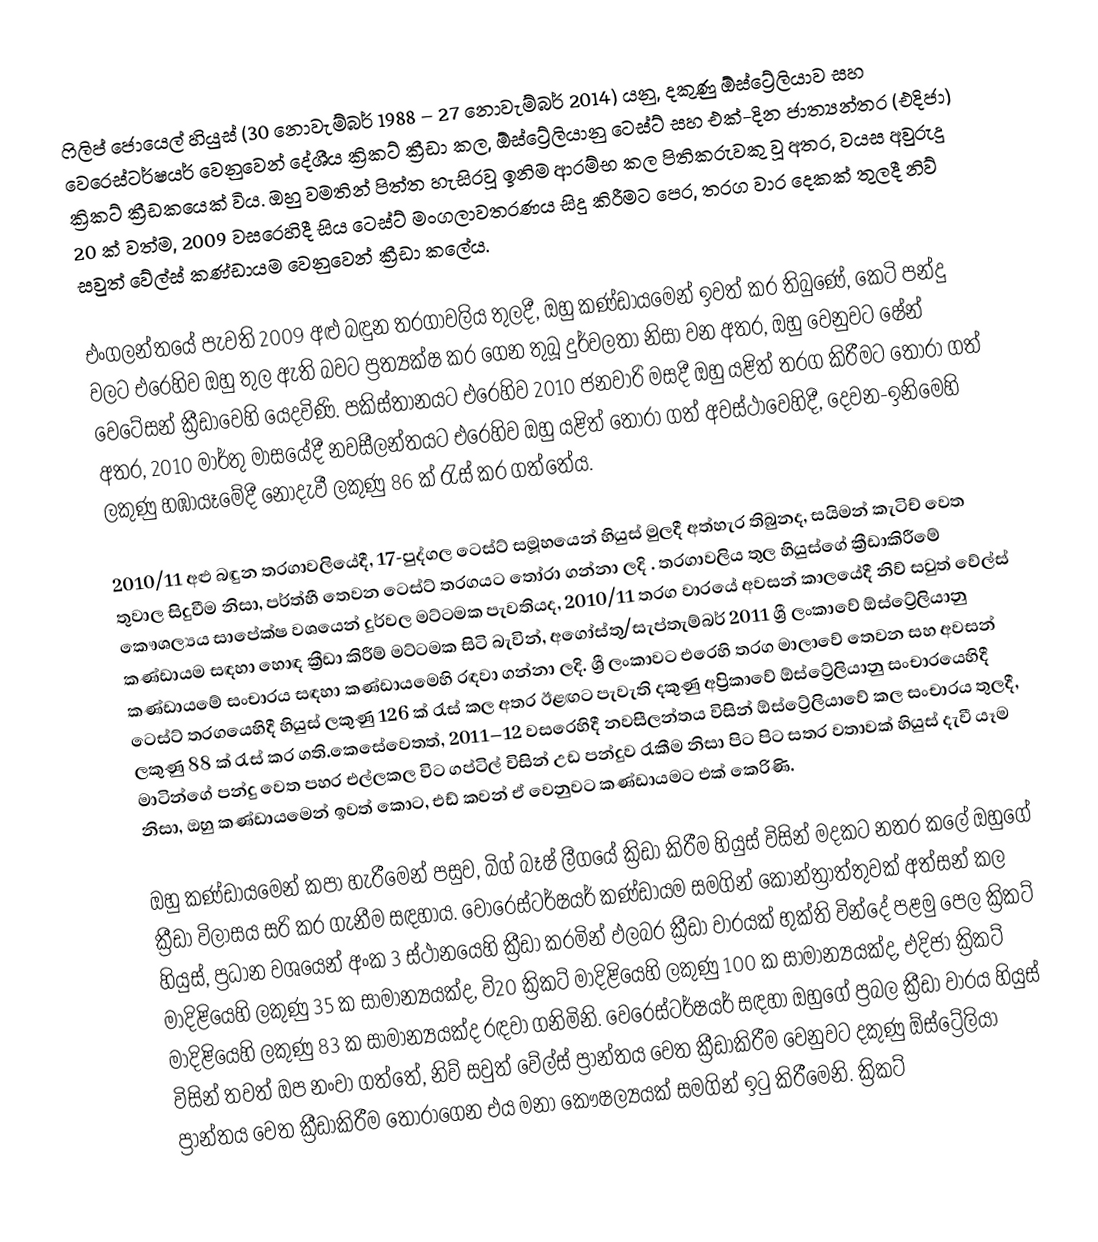
ෆිලිප් ජොයෙල් හියුස් (30 නොවැම්බර් 1988 – 27 නොවැම්බර් 2014) යනු,  දකුණු ඕස්ට්‍රේලියාව සහ වෙරෙස්ටර්ෂයර් වෙනුවෙන් දේශීය ක්‍රිකට් ක්‍රීඩා කල, ඕස්ට්‍රේලියානු ටෙස්ට් සහ එක්-දින ජාත්‍යන්තර (එදිජා) ක්‍රිකට් ක්‍රීඩකයෙක් විය. ඔහු වමතින් පිත්ත හැසිරවූ ඉනිම ආරම්භ කල පිතිකරුවකු වූ අතර, වයස අවුරුදු 20 ක් වත්ම, 2009 වසරෙහිදී සිය ටෙස්ට් මංගලාවතරණය  සිදු කිරීමට පෙර, තරග වාර දෙකක් තුලදී නිව් සවුත් වේල්ස් කණ්ඩායම වෙනුවෙන් ක්‍රීඩා කලේය.

එංගලන්තයේ පැවති  2009 අළු බඳුන තරගාවලිය තුලදී, ඔහු කණ්ඩායමෙන් ඉවත් කර තිබුණේ, කෙටි පන්දු වලට එරෙහිව  ඔහු තුල ඇති බවට ප්‍රත්‍යක්ෂ කර ගෙන තුබූ දුර්වලතා නිසා වන අතර, ඔහු වෙනුවට ෂේන් වෙටේසන් ක්‍රීඩාවෙහි යෙදවිණි. පකිස්තානයට එරෙහිව 2010 ජනවාරි මසදී ඔහු යළිත් තරග කිරීමට තෝරා ගත් අතර, 2010 මාර්තු මාසයේදී නවසීලන්තයට එරෙහිව ඔහු යළිත් තෝරා ගත් අවස්ථාවෙහිදී, දෙවන-ඉනිමෙහි ලකුණු හඹායෑමේදී නොදැවී ලකුණු 86 ක් රැස් කර ගත්තේය.

2010/11 අළු බඳුන තරගාවලියේදී, 17-පුද්ගල ටෙස්ට් සමූහයෙන් හියුස් මුලදී අත්හැර තිබුනද,  සයිමන් කැටිච් වෙත තුවාල සිදුවීම නිසා, පර්ත්හී තෙවන ටෙස්ට් තරගයට තෝරා ගන්නා ලදි . තරගාවලිය තුල හියුස්ගේ ක්‍රීඩාකිරීමේ කෞශල්‍යය සාපේක්ෂ වශයෙන් දුර්වල මට්ටමක පැවතියද, 2010/11 තරග වාරයේ අවසන් කාලයේදී නිව් සවුත් වේල්ස් කණ්ඩායම සඳහා හොඳ ක්‍රීඩා කිරීම් මට්ටමක සිටි බැවින්,  අගෝස්තු/සැප්තැම්බර් 2011 ශ්‍රී ලංකාවේ ඕස්ට්‍රේලියානු කණ්ඩායමේ සංචාරය සඳහා කණ්ඩායමෙහි රඳවා ගන්නා ලදි. ශ්‍රී ලංකාවට එරෙහි තරග මාලාවේ තෙවන සහ අවසන් ටෙස්ට් තරගයෙහිදී හියුස් ලකුණු 126 ක් රැස් කල අතර ඊළඟට පැවැති දකුණු අප්‍රිකාවේ ඕස්ට්‍රේලියානු සංචාරයෙහිදී ලකුණු 88 ක් රැස් කර ගති.කෙසේවෙතත්,  2011–12 වසරෙහිදී නවසීලන්තය විසින් ඕස්ට්‍රේලියාවේ කල සංචාරය තුලදී, මාටින්ගේ පන්දු වෙත පහර එල්ලකල විට  ගප්ටිල් විසින් උඩ පන්දුව රැකීම නිසා පිට පිට සතර වතාවක් හියුස් දැවී යෑම නිසා, ඔහු කණ්ඩායමෙන් ඉවත් කොට, එඩ් කවන් ඒ වෙනුවට කණ්ඩායමට එක් කෙරිණි.

ඔහු කණ්ඩායමෙන් කපා හැරීමෙන් පසුව,  බිග් බෑෂ් ලීගයේ ක්‍රිඩා කිරීම හියුස් විසින් මදකට නතර කලේ ඔහුගේ ක්‍රීඩා විලාසය සරි කර ගැනීම සඳහාය. වොරෙස්ටර්ෂයර් කණ්ඩායම සමගින් කොන්ත්‍රාත්තුවක් අත්සන් කල හියුස්, ප්‍රධාන වශයෙන් අංක 3 ස්ථානයෙහි ක්‍රීඩා කරමින් ඵලබර ක්‍රීඩා වාරයක් භුක්ති වින්දේ පළමු පෙල ක්‍රිකට් මාදිළියෙහි ලකුණු 35 ක සාමාන්‍යයක්ද, වි20 ක්‍රිකට් මාදිළියෙහි ලකුණු 100 ක සාමාන්‍යයක්ද, එදිජා ක්‍රිකට් මාදිළියෙහි ලකුණු  83 ක සාමාන්‍යයක්ද රඳවා ගනිමිනි. වෙරෙස්ටර්ෂයර් සඳහා ඔහුගේ ප්‍රබල ක්‍රීඩා වාරය හියුස් විසින් තවත් ඔප නංවා ගත්තේ,  නිව් සවුත් වේල්ස් ප්‍රාන්තය වෙත ක්‍රීඩාකිරීම වෙනුවට දකුණු ඕස්ට්‍රේලියා ප්‍රාන්තය වෙත ක්‍රීඩාකිරීම තෝරාගෙන එය මනා කෞෂල්‍යයක් සමගින් ඉටු කිරීමෙනි. ක්‍රිකට්